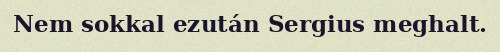
Nem sokkal ezután Sergius meghalt.